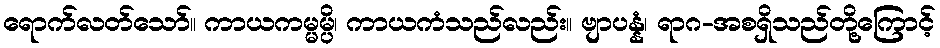
ရောက်လတ်သော်။ ကာယကမ္မမ္ပိ၊ ကာယကံသည်လည်း။ ဗျာပန္နံ၊ ရာဂ-အစရှိသည်တို့ကြောင့်